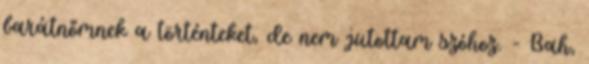
barátnőmnek a történteket, de nem jutottam szóhoz. - Bah,